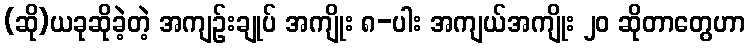
(ဆို)ယခုဆိုခဲ့တဲ့ အကျဉ်းချုပ် အကျိုး ၈-ပါး အကျယ်အကျိုး ၂၀ ဆိုတာတွေဟာ